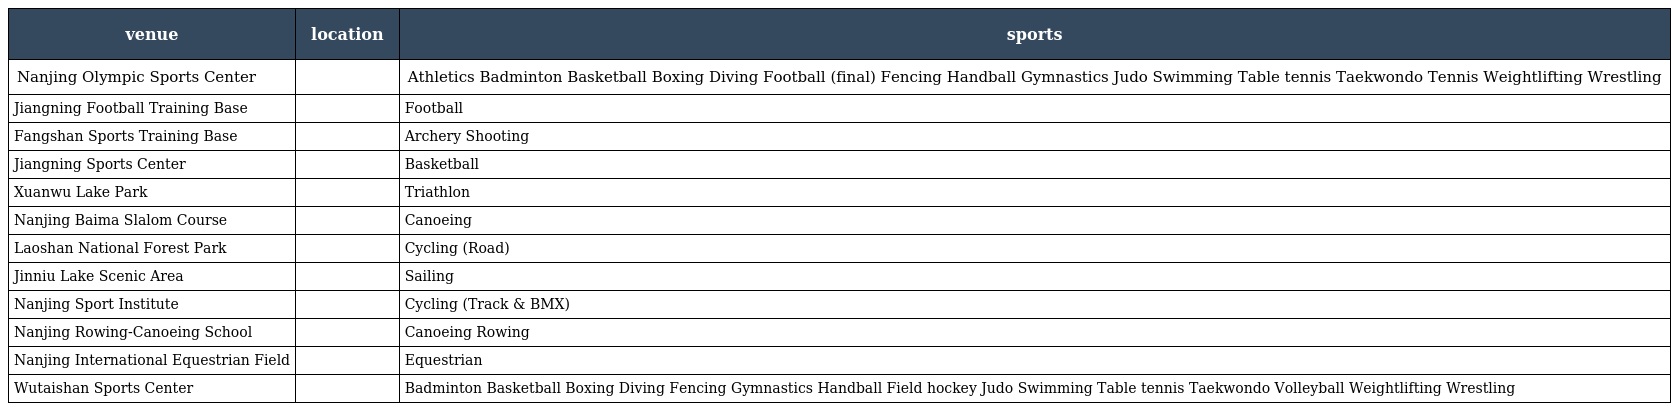
| venue | location | sports |
 | --- | --- | --- |
 | Nanjing Olympic Sports Center |  | Athletics Badminton Basketball Boxing Diving Football (final) Fencing Handball Gymnastics Judo Swimming Table tennis Taekwondo Tennis Weightlifting Wrestling |
 | Jiangning Football Training Base |  | Football |
 | Fangshan Sports Training Base |  | Archery Shooting |
 | Jiangning Sports Center |  | Basketball |
 | Xuanwu Lake Park |  | Triathlon |
 | Nanjing Baima Slalom Course |  | Canoeing |
 | Laoshan National Forest Park |  | Cycling (Road) |
 | Jinniu Lake Scenic Area |  | Sailing |
 | Nanjing Sport Institute |  | Cycling (Track & BMX) |
 | Nanjing Rowing-Canoeing School |  | Canoeing Rowing |
 | Nanjing International Equestrian Field |  | Equestrian |
 | Wutaishan Sports Center |  | Badminton Basketball Boxing Diving Fencing Gymnastics Handball Field hockey Judo Swimming Table tennis Taekwondo Volleyball Weightlifting Wrestling |